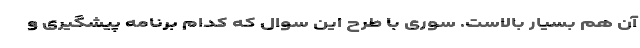
آن هم بسیار بالاست. سوری با طرح این سوال که کدام برنامه پیشگیری و